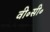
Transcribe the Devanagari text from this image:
वी॰सी॰